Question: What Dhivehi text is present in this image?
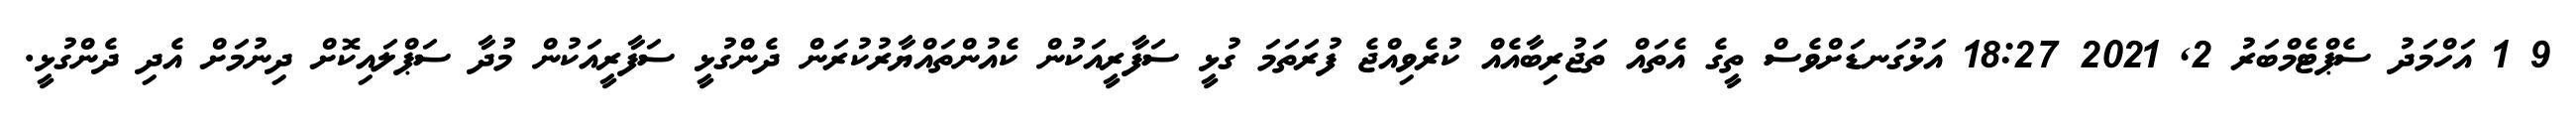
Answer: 9 1 އަހްމަދު ސެޕްޓެމްބަރު 2, 2021 18:27 އަޅުގަނޑަށްވެސް ތީގެ އެތައް ތަޖުރިބާއެއް ކުރެވިއްޖެ ފުރަތަމަ ގުޅީ ސަފާރީއަކުން ކެއުންތައްޔާރުކުރަން ދެންގުޅީ ސަފާރީއަކުން މުދާ ސަޕްލައިކޮށް ދިނުމަށް އެދި ދެންގުޅީ.